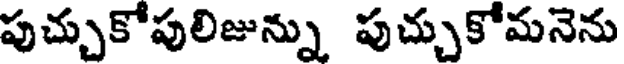
పుచ్చుకోపులిజున్ను పుచ్చుకోమనెను